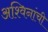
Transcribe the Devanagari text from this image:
अश्विनांची